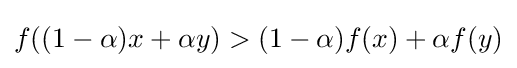
f((1-\alpha )x+\alpha y)>(1-\alpha )f(x)+\alpha f(y)